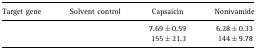
<table><thead><tr><td><b>Target gene</b></td><td><b>Solvent control</b></td><td><b>Capsaicin</b></td><td><b>Nonivamide</b></td></tr></thead><tbody><tr><td>[EMPTY_CELL]</td><td>[EMPTY_CELL]</td><td>7.69 ± 0.59</td><td>6.28 ± 0.33</td></tr><tr><td>[EMPTY_CELL]</td><td>[EMPTY_CELL]</td><td>155 ± 21.3</td><td>144 ± 9.78</td></tr></tbody></table>